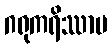
ဂရုကရိဿာမ